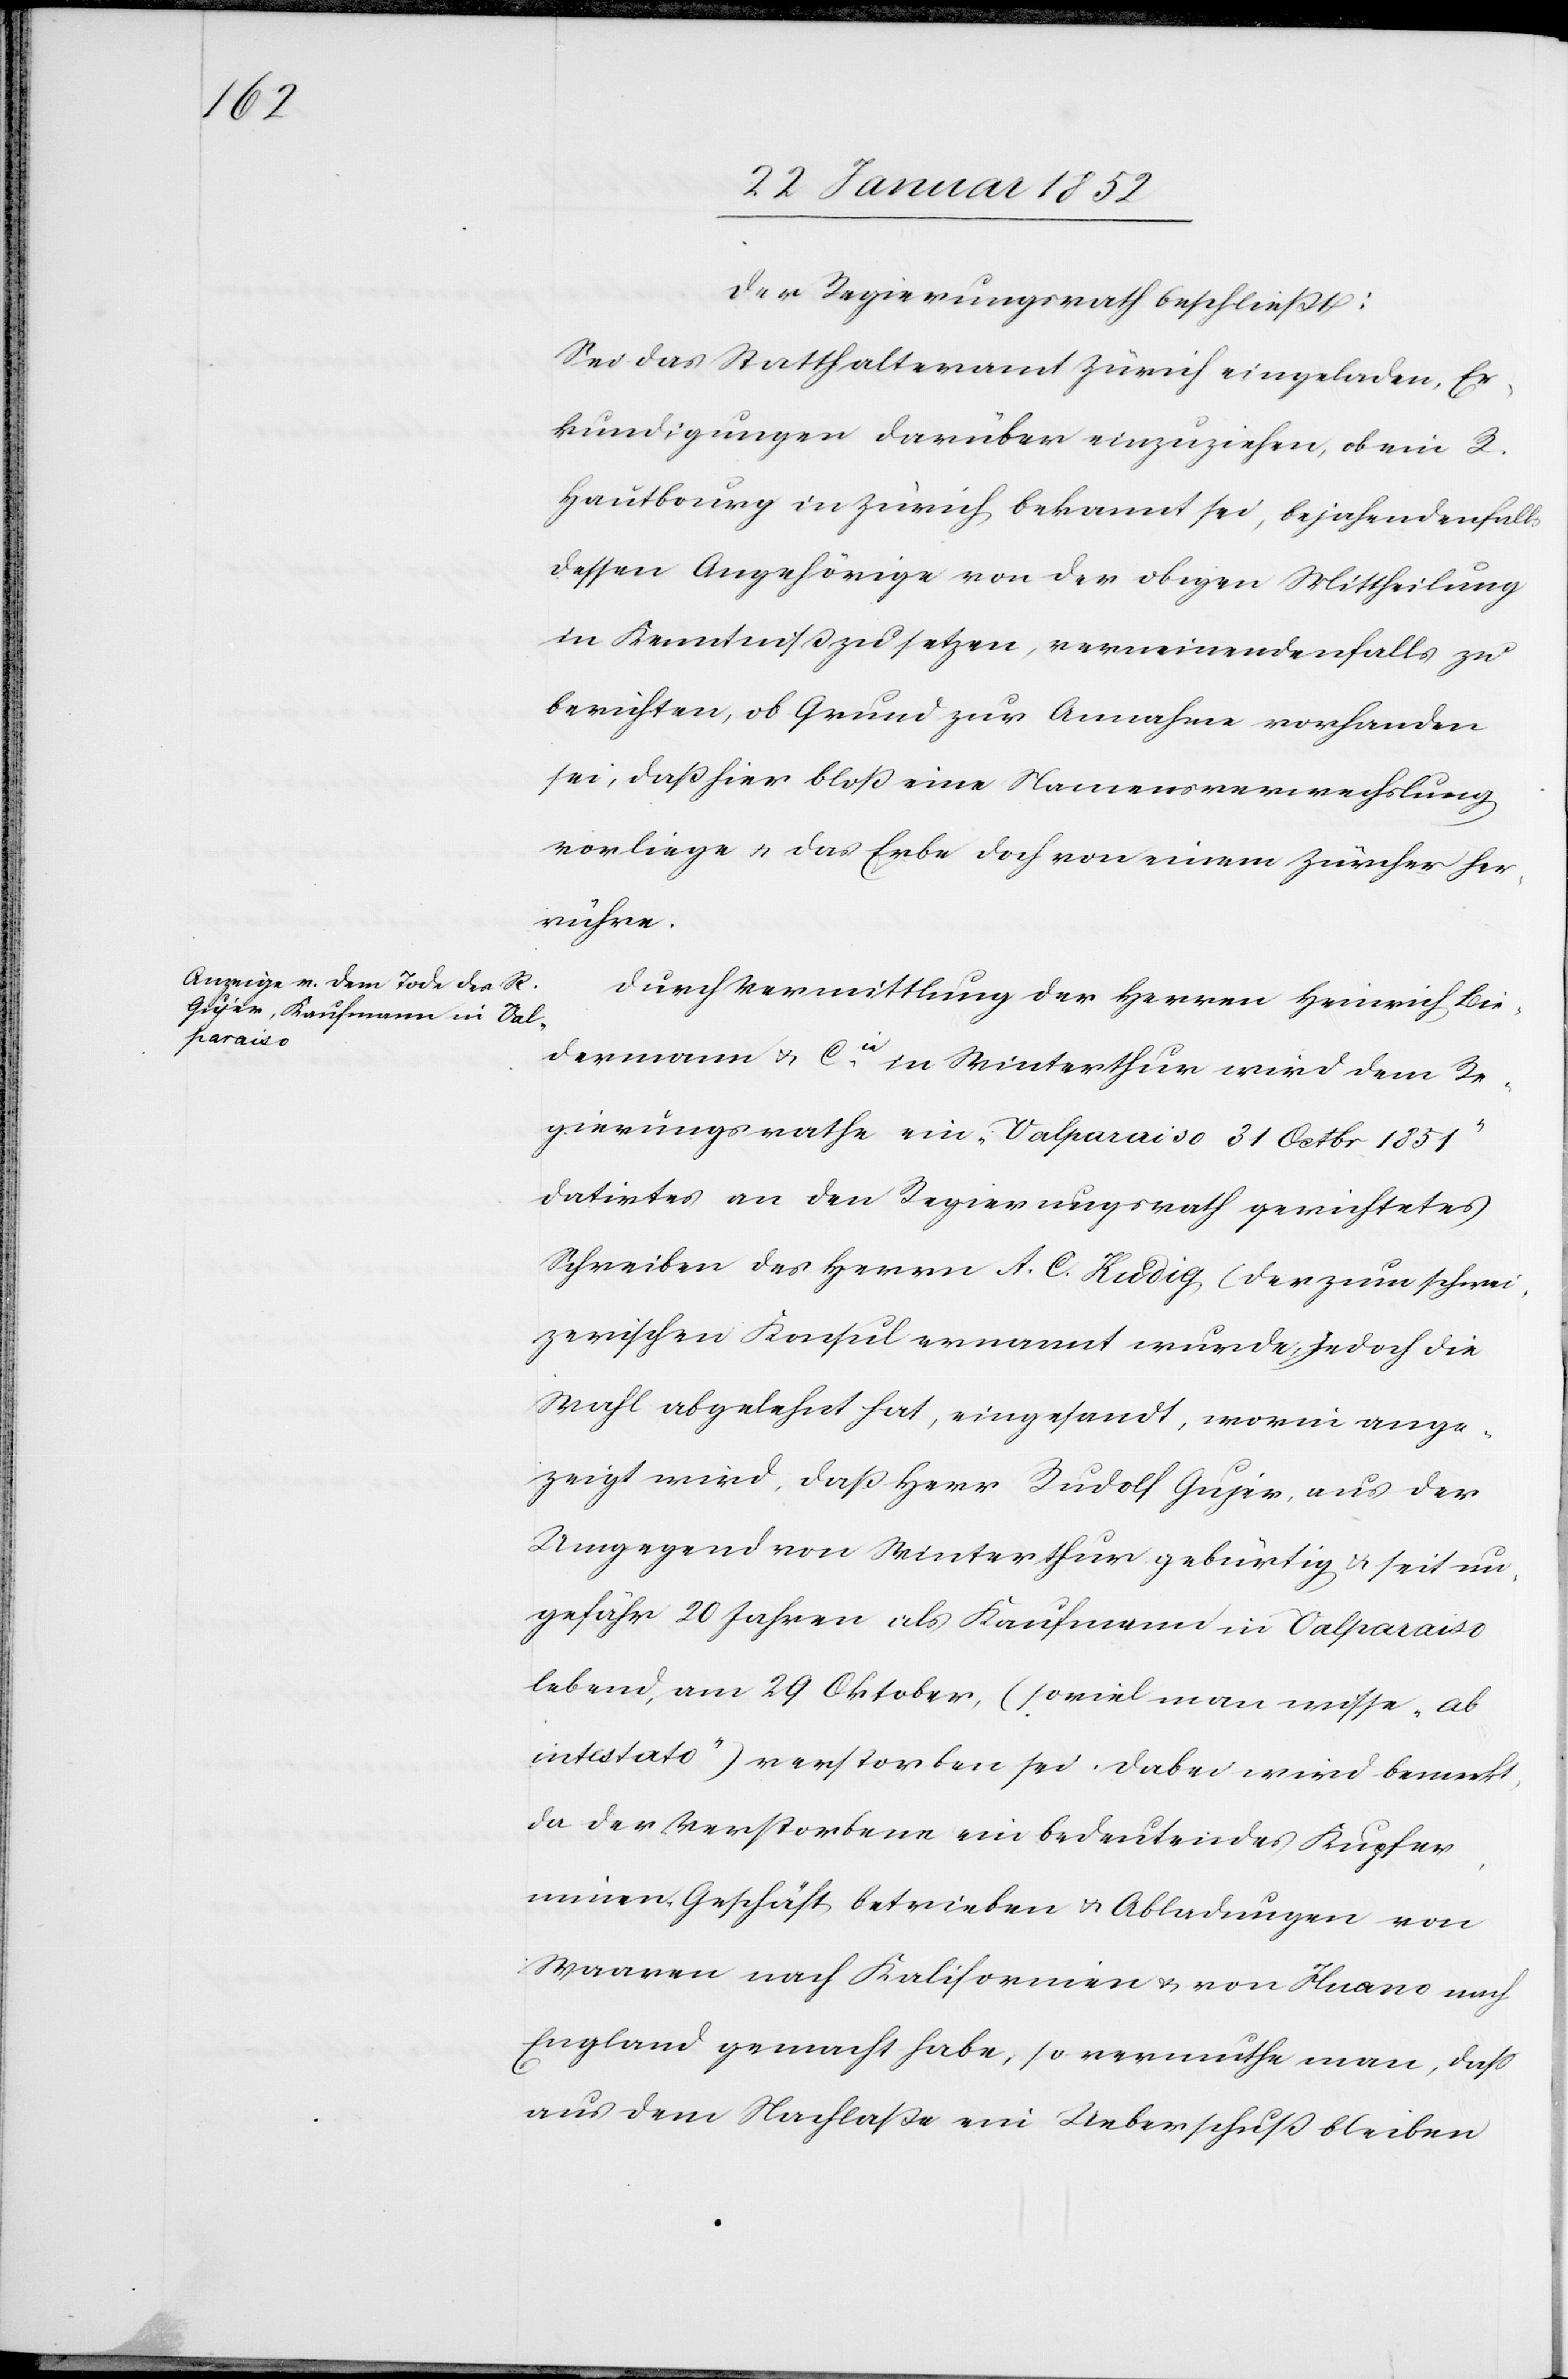
Der Regierungsrath beschließt:
Sei das Statthalteramt Zürich eingeladen, Er¬
kundigungen darüber einzuziehen, ob ein R.
Hautbourg in Zürich bekannt sei, bejahendenfalls
dessen Angehörige von der obigen Mittheilung
in Kenntniß zu setzten, verneinendenfalls zu
berichten, ob Grund zur Annahme vorhanden
sei, daß hier bloß eine Namensverwechslung
vorliege u. das Erbe doch von einem Zürcher her¬
rühre.
Durch Vermittlung der Herren Heinrich Bie¬
dermann u. Cie in Winterthur wird dem Re¬
gierungsrathe ein „Valparaiso 31 Octbr 1851“
datirtes an den Regierungsrath gerichtetes
Schreiben des Herren A. C. Kudig, (der zum schwei¬
zerischen Konsul ernannt wurde, jedoch die
Wahl abgelehnt hat[)], eingesandt, worin ange¬
zeigt wird, daß Herr Rudolf Gujer, aus der
Umgegend von Winterthur gebürtig u. seit un¬
gefähr 20 Jahren als Kaufmann in Valparaiso
lebend, am 29 Oktober, (soviel man wisse „ab
intestato“) verstorben sei. Dabei wird bemerkt,
da der Verstorbene ein bedeutendes Kupfer¬
minen-Geschäft betrieben u. Abladungen von
Waaren nach Kalifornien u. von Guano nach
England gemacht habe, so vermuthe man, daß
aus dem Nachlaße ein Ueberschuß bleiben